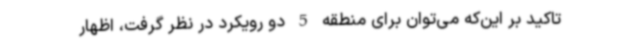
تاکید بر این‌که می‌توان برای منطقه 5 دو رویکرد در نظر گرفت، اظهار